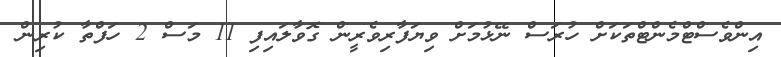
އިންވެސްޓްމެންޓްތަކަށް ހުރަސް ނޭޅުމަށް ވިޔަފާރިވެރީން ގޮވާލައިފި 11 މަސް 2 ހަފްތާ ކުރިން